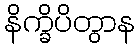
နိက္ခိပိတွာန